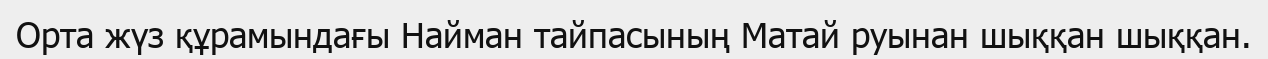
Орта жүз құрамындағы Найман тайпасының Матай руынан шыққан шыққан.